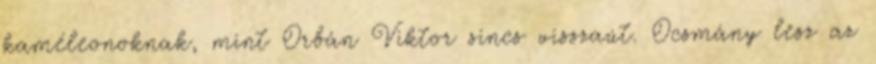
kaméleonoknak, mint Orbán Viktor sincs visszaút. Ocsmány lesz az